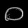
Digit: ၀